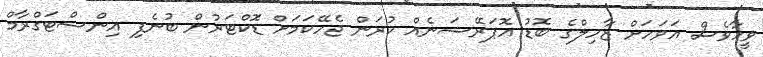
ވީހާވެސް އަވަހަށް ޒާހިލްގެ ބޮޑު އޮޕަރޭޝަނެއް ކުރަން ޖެހޭކަމަށް ޑޮަކްޓަރުން ބުނެފި އިންސްޓަގްރާމް